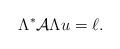
LaTeX: \begin{align*} \Lambda^* \mathcal A \Lambda u = \ell .\end{align*}